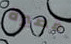
قصيرة